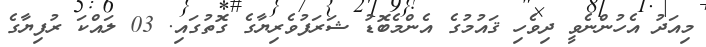
މިއަދު އެހުންނެވީ ދިވެހި ޤައުމުގެ އެންމެބޮޑު ޝަރަފުވެރިޔާގެ ގޮތުގައި. 03 ލައްކަ ރުފިޔާގެ